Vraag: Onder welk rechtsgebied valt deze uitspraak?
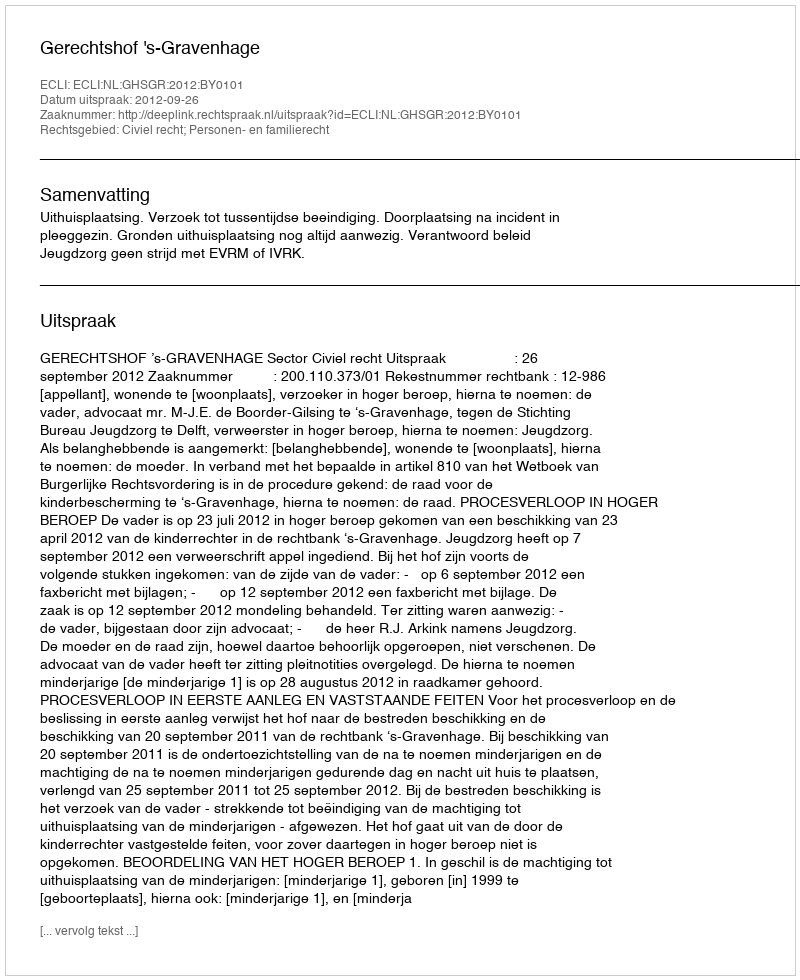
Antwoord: Civiel recht; Personen- en familierecht